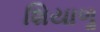
શિયાળૢ